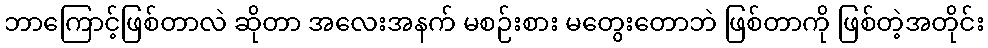
ဘာကြောင့်ဖြစ်တာလဲ ဆိုတာ အလေးအနက် မစဉ်းစား မတွေးတောဘဲ ဖြစ်တာကို ဖြစ်တဲ့အတိုင်း